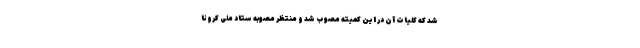
شد که کلیات آن در این کمیته مصوب شد و منتظر مصوبه ستاد ملی کرونا